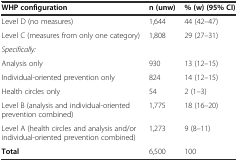
| WHP configuration | n (unw) | % (w) (95% CI) |
 | --- | --- | --- |
 | Level D (no measures) | 1,644 | 44 (42–47) |
 | Level C (measures from only one category) | 1,808 | 29 (27–31) |
 | Specifically: |  |  |
 | Analysis only | 930 | 13 (12–15) |
 | Individual-oriented prevention only | 824 | 14 (12–15) |
 | Health circles only | 54 | 2 (1–3) |
 | Level B (analysis and individual-oriented prevention combined) | 1,775 | 18 (16–20) |
 | Level A (health circles and analysis and/or individual-oriented prevention combined) | 1,273 | 9 (8–11) |
 | Total | 6,500 | 100 |